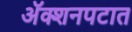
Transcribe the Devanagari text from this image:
अॅक्शनपटात